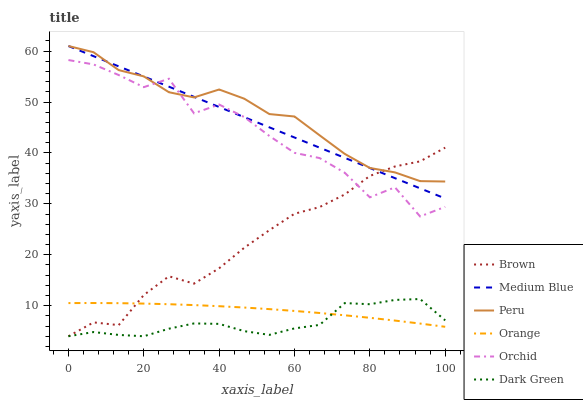
| xaxis_label | Brown | Medium Blue | Peru | Orange | Orchid | Dark Green |
 | --- | --- | --- | --- | --- | --- | --- |
 | 0 | 4 | 61 | 61 | 10.5 | 58.2 | 4 |
 | 6.67 | 6.72 | 59 | 59.8 | 10.5 | 57.4 | 4.82 |
 | 13.3 | 6.18 | 57 | 56.3 | 10.5 | 55.3 | 4.26 |
 | 20 | 12.1 | 55 | 55 | 10.4 | 52.9 | 4 |
 | 26.7 | 15.8 | 53 | 51.9 | 10.3 | 54.6 | 5.48 |
 | 33.3 | 14.3 | 51 | 50.9 | 10.1 | 47.8 | 6.52 |
 | 40 | 17.4 | 49 | 52.5 | 9.9 | 49.5 | 6.43 |
 | 46.7 | 21.4 | 47 | 50.7 | 9.64 | 47 | 5 |
 | 53.3 | 24.8 | 45 | 47.6 | 9.33 | 43.3 | 4.27 |
 | 60 | 28.1 | 43 | 47.2 | 8.97 | 40 | 5.54 |
 | 66.7 | 29.4 | 41 | 43.5 | 8.57 | 39 | 6.23 |
 | 73.3 | 31.8 | 39 | 39.8 | 8.12 | 36.1 | 10.5 |
 | 80 | 35.5 | 37 | 37 | 7.62 | 31.3 | 10.3 |
 | 86.7 | 37.3 | 35 | 36.2 | 7.08 | 33.2 | 11.1 |
 | 93.3 | 38.3 | 33.1 | 34.5 | 6.49 | 27.5 | 11.3 |
 | 100 | 41 | 31.1 | 34.4 | 5.86 | 29.4 | 7.12 |